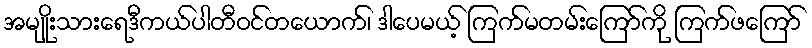
အမျိုးသားရေဒီကယ်ပါတီဝင်တယောက်၊ ဒါပေမယ့် ကြက်မတမ်းကြော်ကို ကြက်ဖကြော်